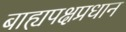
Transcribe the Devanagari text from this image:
बाह्यपक्षप्रधान